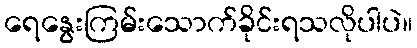
ရေနွေးကြမ်းသောက်ခိုင်းရသလိုပါပဲ။